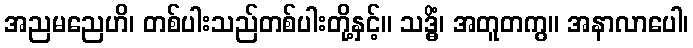
အညမညေဟိ၊ တစ်ပါးသည်တစ်ပါးတို့နှင့်။ သဒ္ဓိံ၊ အတူတကွ။ အနာလာပေါ၊